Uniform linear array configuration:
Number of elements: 4
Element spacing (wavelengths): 1
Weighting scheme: uniform
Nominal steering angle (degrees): -15
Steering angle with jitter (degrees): -14.188
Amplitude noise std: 0.05
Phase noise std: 0.05

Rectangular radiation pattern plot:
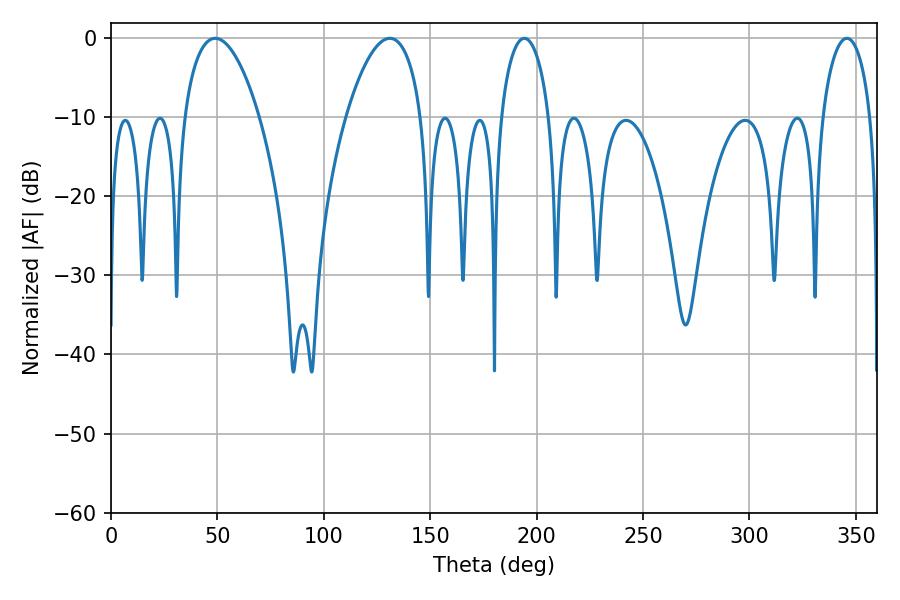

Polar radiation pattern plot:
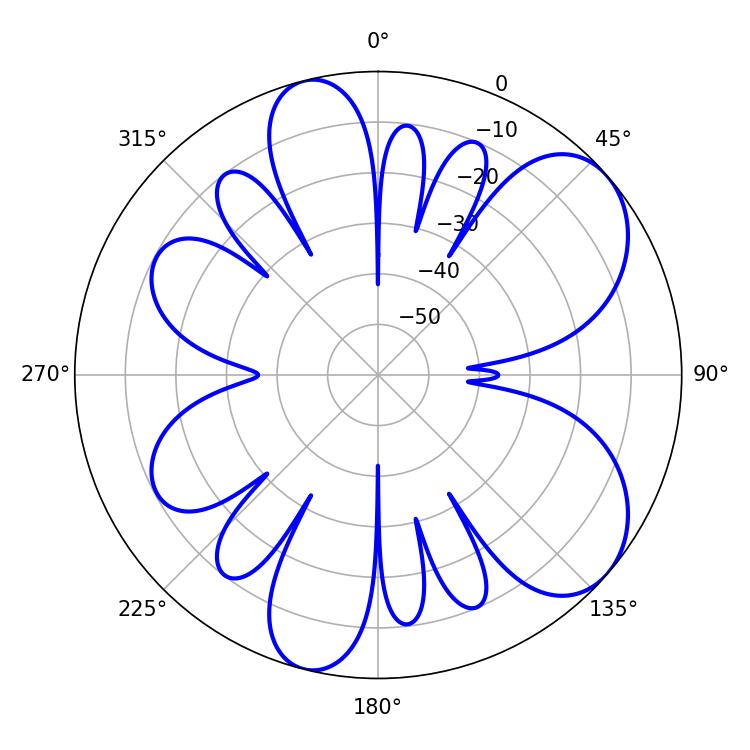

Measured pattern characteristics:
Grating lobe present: TRUE
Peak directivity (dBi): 7.127
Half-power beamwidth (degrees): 13.14
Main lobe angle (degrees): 194.22